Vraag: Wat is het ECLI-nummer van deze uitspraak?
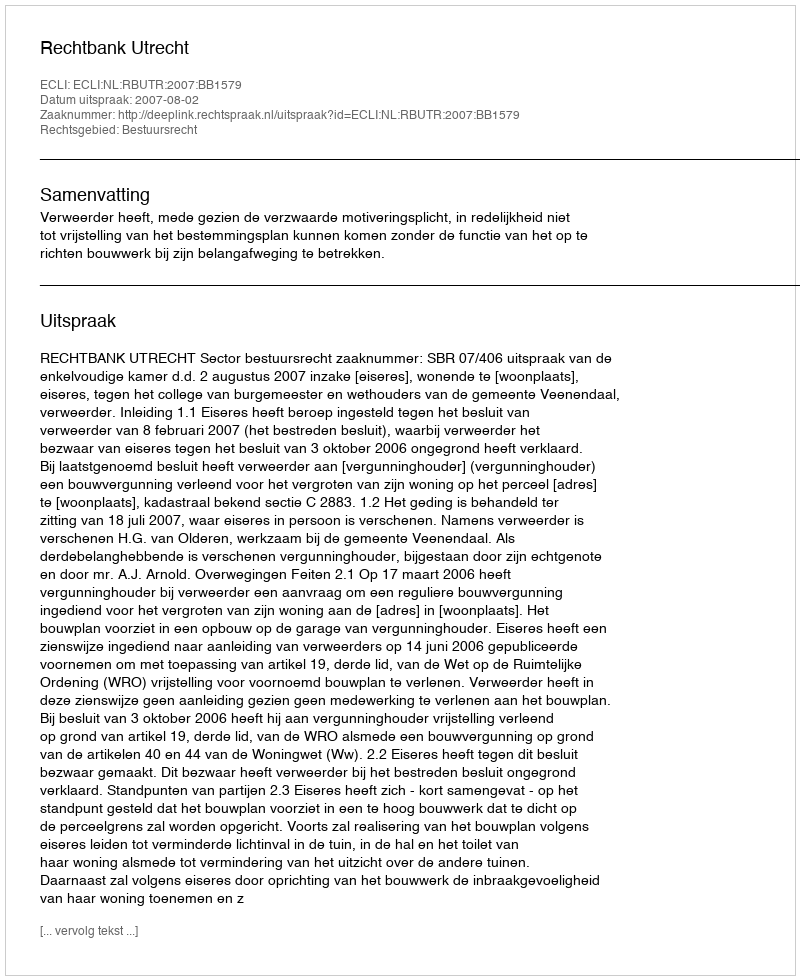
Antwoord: ECLI:NL:RBUTR:2007:BB1579